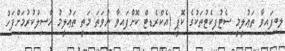
ލިބިފައިވާ ތަޢުލީމީ ސެޓުފިކެޓުތަކުގެ ކޮޕީ (އެކްރެޑިޓް ކޮށްފައިވާ ނުވަތަ މަތީ ތަޢުލީމު ހާސިލުކުރުމަށްފަހު